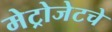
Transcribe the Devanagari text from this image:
मेट्रोजेटचे